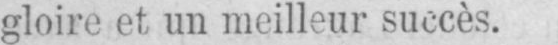
gloire et un meilleur succès.